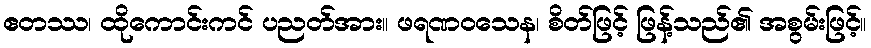
ဧတဿ၊ ထိုကောင်းကင် ပညတ်အား။ ဖရဏဝသေန၊ စိတ်ဖြင့် ဖြန့်သည်၏ အစွမ်းဖြင့်။